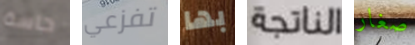
حاسة تفزعي بها الناتجة صغار